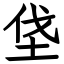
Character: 垡